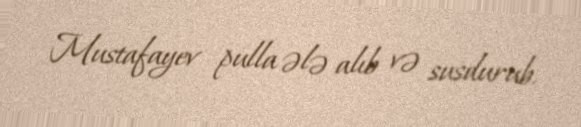
Mustafayev pulla ələ alıb və susdurub.